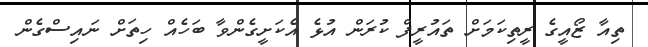
ތިއާ ޒޯއީގެ ރީތިކަމަށް ތައުރީފް ކުރަން އުޅެ އެކަށީގެންވާ ބަހެއް ހިތަށް ނައިސްގެން